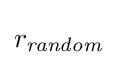
r_{\textit {random}}